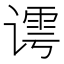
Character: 𰶀